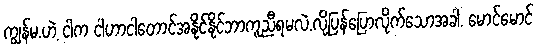
ကျွန်မ.ဟဲ့ ငါက ငါဟာငါတောင်အနိုင်နိုင်ဘာကူညီရမလဲ.လို့ပြန်ပြောလိုက်သောအခါ. မောင်မောင်